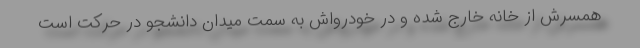
همسرش از خانه خارج شده و در خودرو‌اش به سمت میدان دانشجو در حرکت است